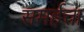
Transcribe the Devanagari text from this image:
समर्हत्ता